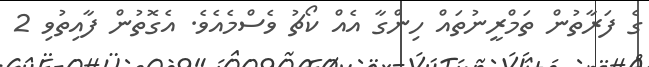
ގެ ފަރާތުން ތަމްރީނުތައް ހިންގާ އެއް ކޯޗު ވެސްމެއެވެ. އެގޮތުން ފާއިތުވި 2